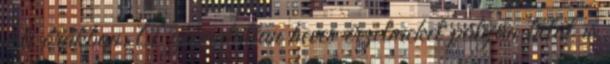
esti órákban. A garantáltan heves érzelmeket pályán belül is